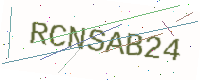
Text: RCNSAB24